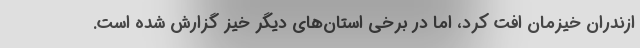
ازندران خیزمان افت کرد، اما در برخی استان‌های دیگر خیز گزارش شده است.